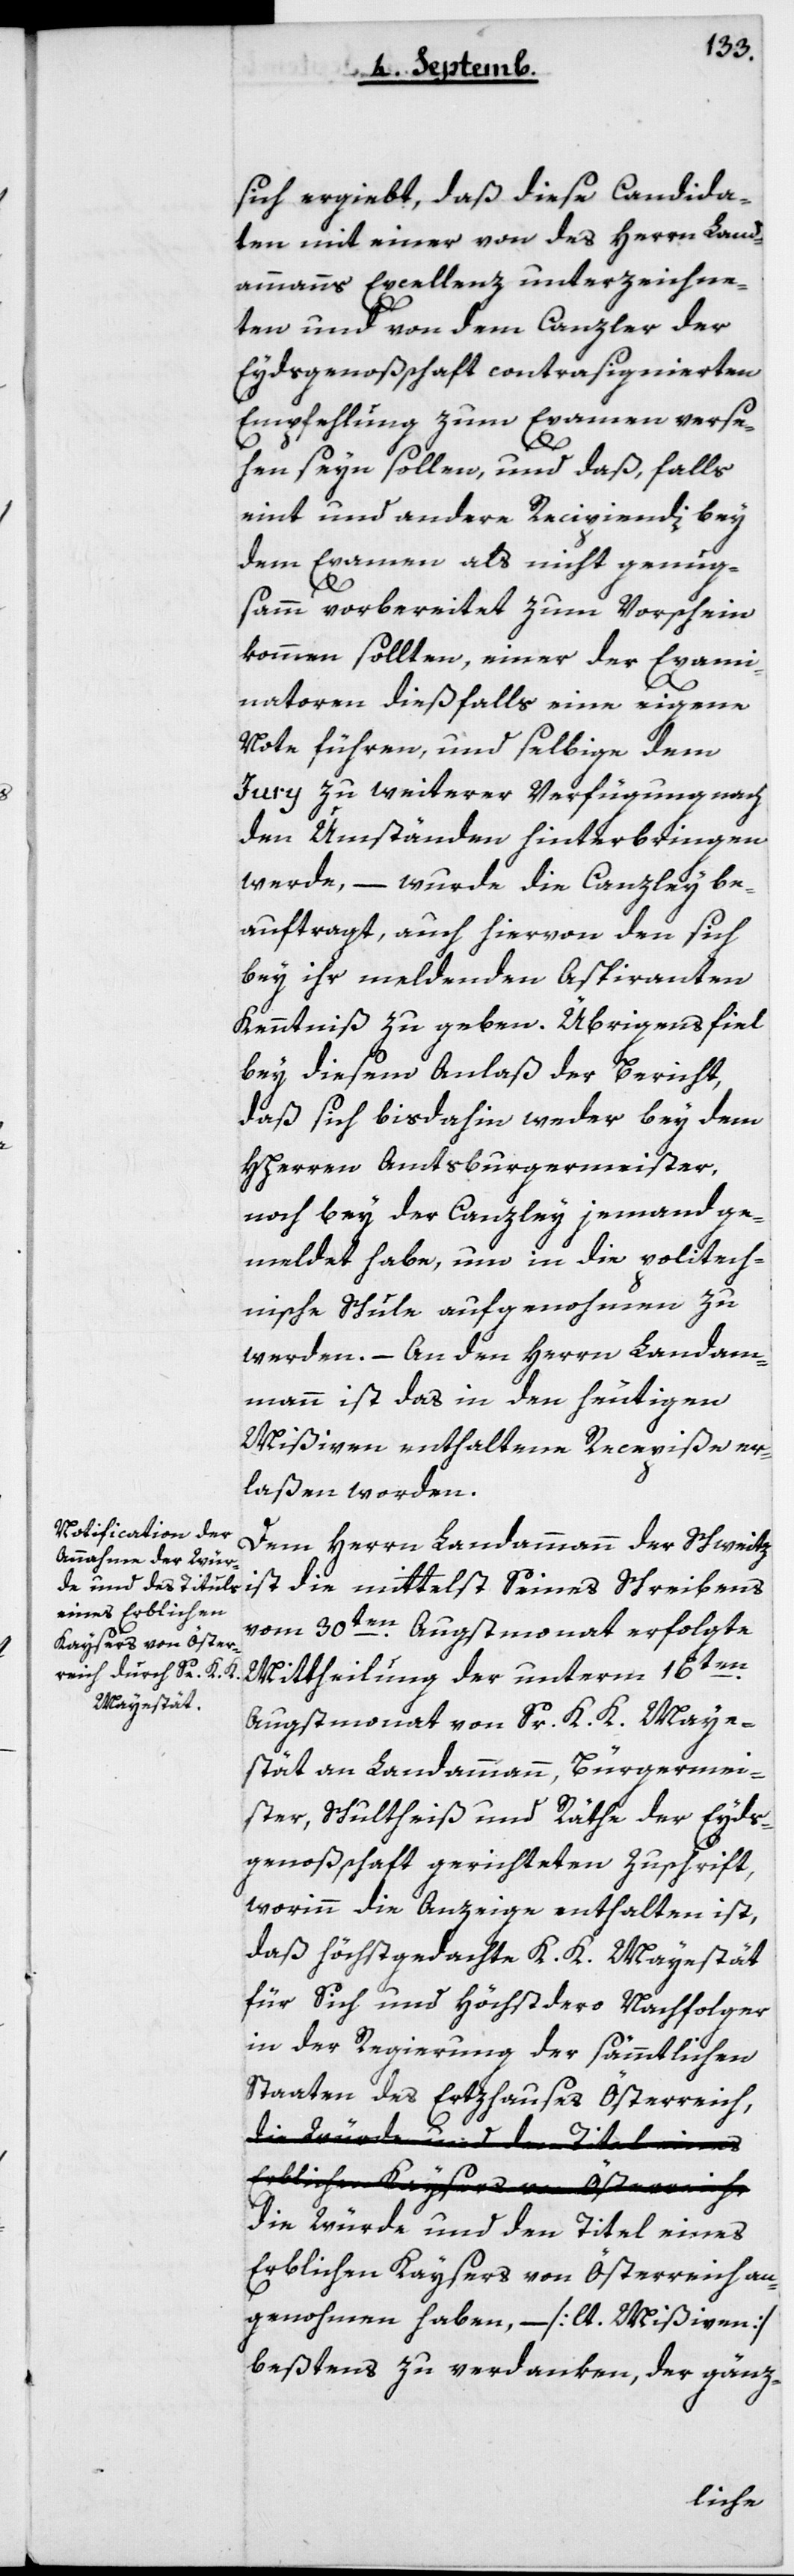
sich ergiebt, daß diese Candida¬
ten mit einer von des Herrn Land¬
ammanns Excellenz unterzeichne¬
ten und von dem Canzler der
Eydsgenoßenschaft contrasignierten
Empfehlung zum Examen verse¬
hen seyn sollen, und daß, falls
eint und andere Recipiendi bey
dem Examen als nicht genüg¬
sam vorbereitet zum Vorschein
kommen sollten, einer der Exami¬
natoren dießfalls eine eigene
Note führen, und selbige dem
Jury zu weiterer Verfügung nach
den Umständen hinterbringen
werde, – wurde die Canzley be¬
auftragt, auch hiervon den sich
bey ihr meldenden Aspiranten
Kenntniß zu geben. Übrigens fiel
bey diesem Anlaß der Bericht,
daß sich bis dahin weder bey dem
HHerren Amtsburgermeister,
noch bey der Canzley jemand ge¬
meldet habe, um in die Polytech¬
nische Schule aufgenohmen zu
werden. – An den Herren Landam¬
mann ist das in den heutigen
Mißiven enthaltene Recepiße er¬
laßen worden.
Dem Herrn Landammann der Schweiz
ist die mittelst seines Schreibens
vom 30ten Augstmonat erfolgte
Mittheilung der unterm 16ten
Augstmonat von Sr K. K. Maje¬
stät an Landammann, Bürgermei¬
ster, Schultheiß und Räthe der Eyds¬
genoßenschaft gerichteten Zuschrift,
worinn die Anzeige enthalten ist,
daß höchstgedachte K.K. Majestät
für sich und höchstdero Nachfolger
in der Regierung der sämmtlichen
Staaten des Ertzhauses Österreich,
die Würde und den Titel eines
Erblichen Kaysers von Österreich an¬
genohmen haben, – [lt. Mißiven]
bestens zu verdanken, der gänz-